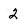
Character: 2